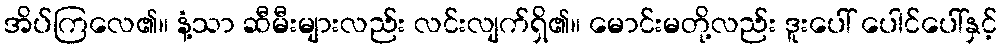
အိပ်ကြလေ၏။ နံ့သာ ဆီမီးများလည်း လင်းလျက်ရှိ၏။ မောင်းမတို့လည်း ဒူးပေါ် ပေါင်ပေါ်နှင့်